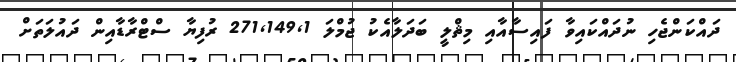
ދައްކަންޖެހި ނުދައްކައިވާ ފައިސާއާއި މިޘްލީ ބަދަލާއެކު ޖުމްލަ 271